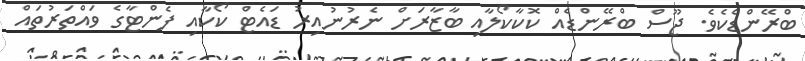
ބްރޭންޑެކެވެ. ޖޫސް ބްރޭންޑެއް ކޮކާކޯލާއި ބާޒާރަށް ނެރުނުއިރު ޑައެޓް ކޯކާއި ފެންޓާގެ ވައްތަރުތައް